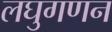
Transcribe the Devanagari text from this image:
लघुगणन